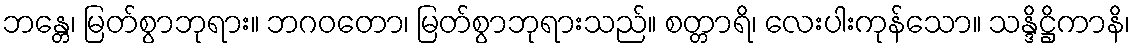
ဘန္တေ၊ မြတ်စွာဘုရား။ ဘဂဝတော၊ မြတ်စွာဘုရားသည်။ စတ္တာရိ၊ လေးပါးကုန်သော။ သန္ဒိဋ္ဌိကာနိ၊